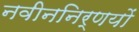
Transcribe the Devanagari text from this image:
नवीननिर्णयों